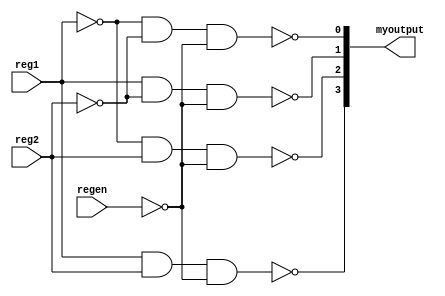
module assigndecoder2to4 ( reg1 , reg2 ,  regen , myoutput );
 input wire reg1 , reg2 , regen ;
 output wire [3:0] myoutput ; 
 assign  myoutput[0] = ~((~reg1) & (~reg2) & (~regen) );
 assign  myoutput[1] = ~((reg1) & (~reg2) & (~regen) );
 assign  myoutput[2] = ~((~reg1) & (reg2) & (~regen) );
 assign  myoutput[3] = ~((reg1) & (reg2) & (~regen) );
 endmodule